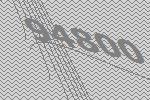
94800